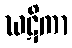
ဃဋိကာ